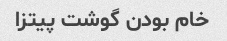
خام بودن گوشت پیتزا